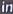
in